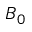
B _ { 0 }